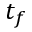
t _ { f }